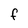
Character: f